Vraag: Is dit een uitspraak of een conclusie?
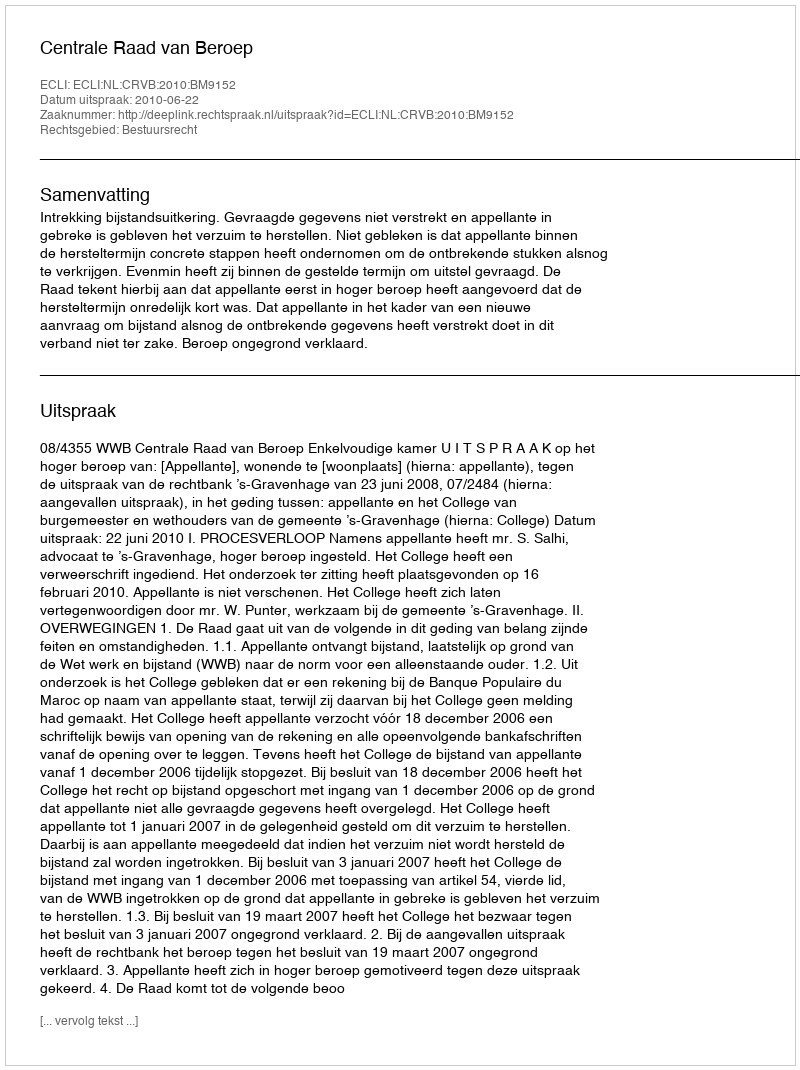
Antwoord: Uitspraak